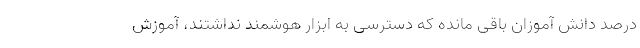
درصد دانش آموزان باقی مانده که دسترسی به ابزار هوشمند نداشتند، آموزش